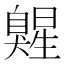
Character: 𰯷